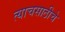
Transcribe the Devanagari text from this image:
त्याचसाठीचे